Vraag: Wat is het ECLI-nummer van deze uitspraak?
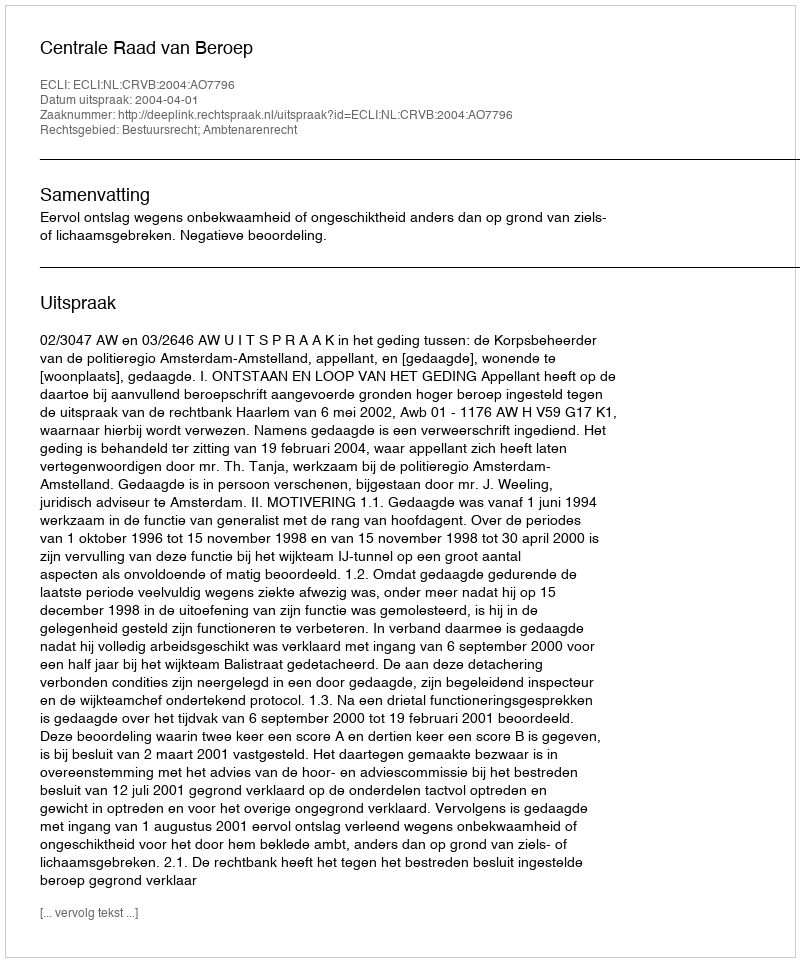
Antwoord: ECLI:NL:CRVB:2004:AO7796